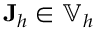
\mathbf { J } _ { h } \in \mathbb { V } _ { h }